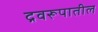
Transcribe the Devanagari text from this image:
द्रवरूपातील